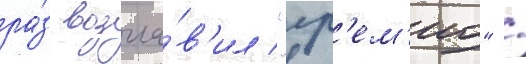
ра́з возгла́в'ил "гр'ем'ио" /